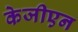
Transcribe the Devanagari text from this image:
केजीएन